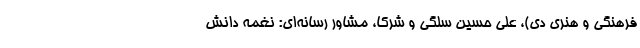
فرهنگی و هنری دی)، علی حسین سلگی و شرکا، مشاور رسانه‌ای: نغمه دانش